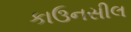
કાઉનસીલ